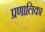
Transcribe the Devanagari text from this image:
प्रणालिका